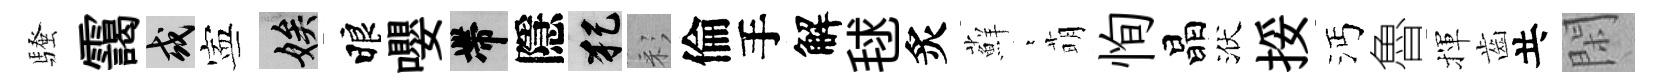
騷靄或寕娭睱嚶帶隱犯彩倫手解毬炙蘚萋萌恂晶洑挼沔魯揮齒共閑